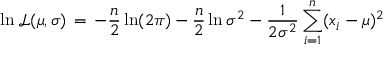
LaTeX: \ln { \mathcal { L } } ( \mu , \sigma ) \, = \, - { \frac { n } { 2 } } \ln ( 2 \pi ) - { \frac { n } { 2 } } \ln \sigma ^ { 2 } - { \frac { 1 } { 2 \sigma ^ { 2 } } } \sum _ { i = 1 } ^ { n } ( x _ { i } - \mu ) ^ { 2 }